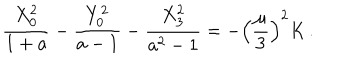
LaTeX: { \frac { X _ { 0 } ^ { 2 } } { 1 + a } } - { \frac { Y _ { 0 } ^ { 2 } } { a - 1 } } - { \frac { X _ { 3 } ^ { 2 } } { a ^ { 2 } - 1 } } = - \left( { \frac { \mu } { 3 } } \right) ^ { 2 } K \, .